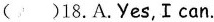
( )18.A.Yes,Ican.